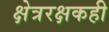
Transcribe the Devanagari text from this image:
क्षेत्ररक्षकही